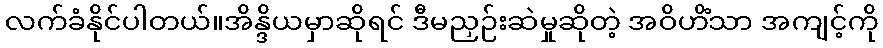
လက်ခံနိုင်ပါတယ်။အိန္ဒိယမှာဆိုရင် ဒီမညှဉ်းဆဲမှုဆိုတဲ့ အဝိဟိံသာ အကျင့်ကို